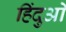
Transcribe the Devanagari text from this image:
हिंदुओें